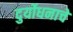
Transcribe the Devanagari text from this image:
दुर्योधनाचे